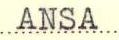
ANSA